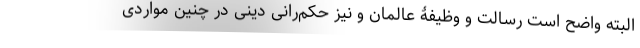
البته واضح است رسالت و وظیفۀ عالمان و نیز حکم‌رانی دینی در چنین مواردی